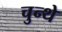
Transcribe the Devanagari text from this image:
चुन्थे